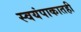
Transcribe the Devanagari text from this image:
स्वयंपाकातही